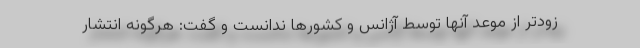
زودتر از موعد آنها توسط آژانس و کشورها ندانست و گفت: هرگونه انتشار